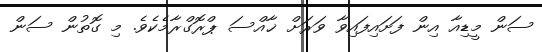
ސަން މީޑިއާ އިން ފަށައިފައިވާ ވަރަށް ޚާއްސަ ޕްރޮގްރާމެކެވެ. މި ގޮތުން ސަން